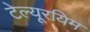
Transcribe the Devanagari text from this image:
टेल्यूरयिम